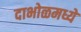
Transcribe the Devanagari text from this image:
दाभोळमध्ये